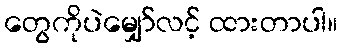
တွေကိုပဲမျှော်လင့် ထားတာပါ။